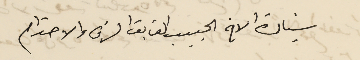
سيادة الاخ الحبيب الفايق الشرف والاحترام